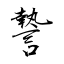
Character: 謺